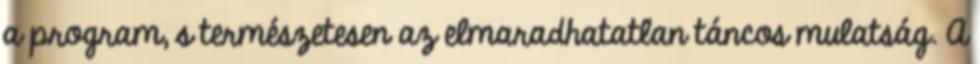
a program, s természetesen az elmaradhatatlan táncos mulatság. A